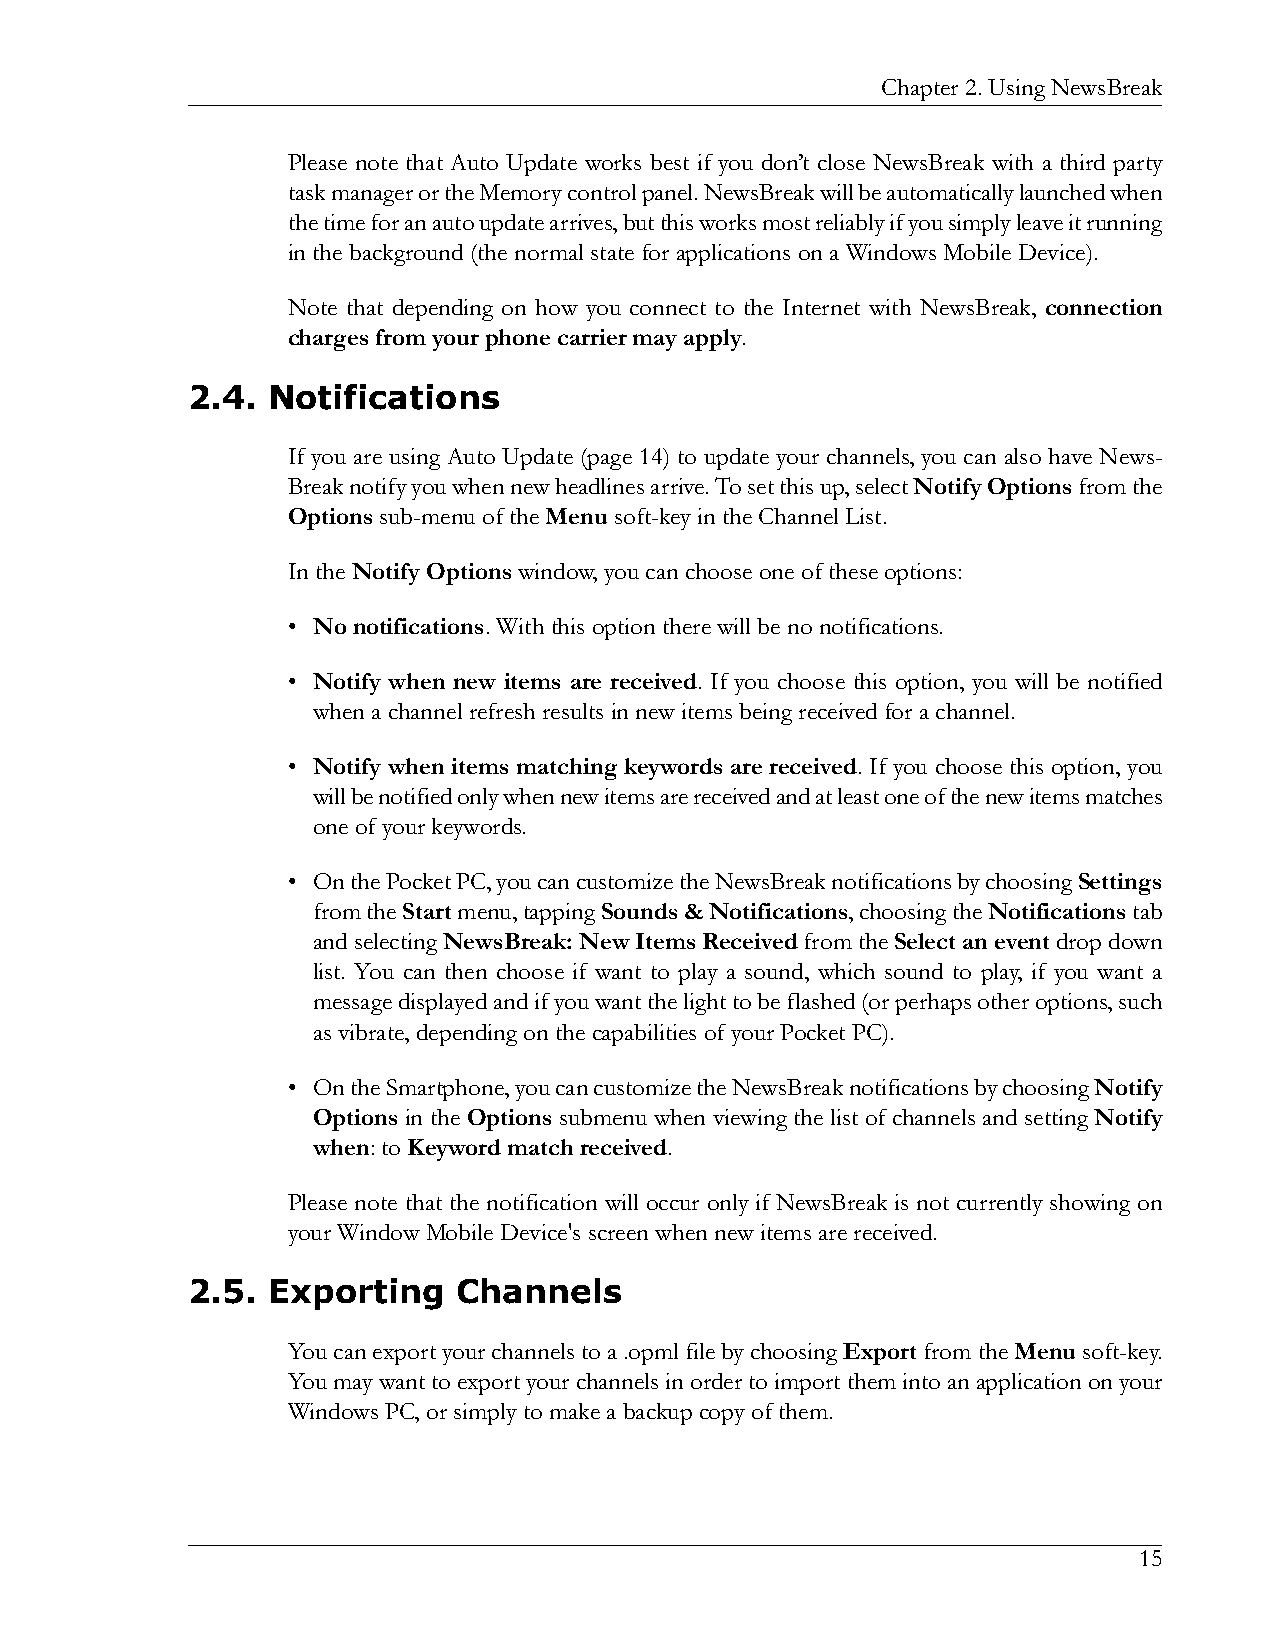
Chapter2.UsingNewsBreak
 Please note that Auto Update works best if you don’t close NewsBreak with a third party
 taskmanagerortheMemorycontrolpanel.NewsBreakwillbeautomaticallylaunchedwhen
 thetimeforanautoupdatearrives,butthisworksmostreliablyifyousimplyleaveitrunning
 inthebackground(thenormalstateforapplicationsonaWindowsMobileDevice).
 Note that depending on how you connect to the Internet with NewsBreak, connection
 chargesfromyourphonecarriermayapply.
 2.4.  Notifications
 If you are using Auto Update (page 14) to update your channels, you can also have News-
 Breaknotifyyouwhennewheadlinesarrive.Tosetthisup,selectNotifyOptionsfromthe
 Optionssub-menuoftheMenusoft-keyintheChannelList.
 IntheNotifyOptionswindow,youcanchooseoneoftheseoptions:
 • Nonotifications.Withthisoptiontherewillbenonotifications.
 • Notify when new items are received. If you choose this option, you will be notified
 whenachannelrefreshresultsinnewitemsbeingreceivedforachannel.
 • Notify when items matching keywords are received. If you choose this option, you
 willbenotifiedonlywhennewitemsarereceivedandatleastoneofthenewitemsmatches
 oneofyourkeywords.
 • OnthePocketPC,youcancustomizetheNewsBreaknotificationsbychoosingSettings
 fromtheStartmenu,tappingSounds&Notifications,choosingtheNotificationstab
 andselectingNewsBreak:NewItemsReceivedfromtheSelectaneventdropdown
 list. You can then choose if want to play a sound, which sound to play, if you want a
 messagedisplayedandifyouwantthelighttobeflashed(orperhapsotheroptions,such
 asvibrate,dependingonthecapabilitiesofyourPocketPC).
 • OntheSmartphone,youcancustomizetheNewsBreaknotificationsbychoosingNotify
 Options in the Options submenu when viewing the list of channels and setting Notify
 when:toKeywordmatchreceived.
 Please note that the notification will occur only if NewsBreak is not currently showing on
 yourWindowMobileDevice'sscreenwhennewitemsarereceived.
 2.5.  Exporting   Channels
 Youcanexportyourchannelstoa.opmlfilebychoosingExportfromtheMenusoft-key.
 Youmaywanttoexportyourchannelsinordertoimportthemintoanapplicationonyour
 WindowsPC,orsimplytomakeabackupcopyofthem.
 15